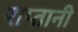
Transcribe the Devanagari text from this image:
राप्तानी